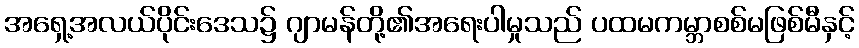
အရှေ့အလယ်ပိုင်းဒေသ၌ ဂျာမန်တို့၏အရေးပါမှုသည် ပထမကမ္ဘာစစ်မဖြစ်မီနှင့်